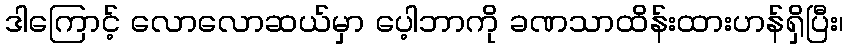
ဒါကြောင့် လောလောဆယ်မှာ ပေ့ါဘာကို ခဏသာထိန်းထားဟန်ရှိပြီး၊